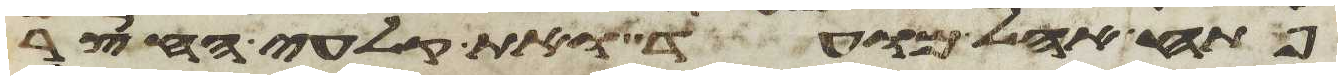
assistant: פתח אהל מועד ואת קלעי החצר